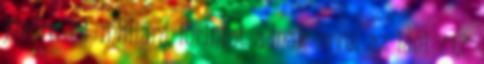
jövőre 74 milliárd forintot adnak erre, az idei 71,7